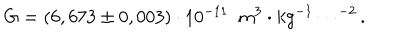
G = ( 6 , 6 7 3 \pm 0 , 0 0 3 ) \cdot 1 0 ^ { - 1 1 } \, \, \, m ^ { 3 } \cdot k g ^ { - 1 } \cdots ^ { - 2 } .